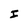
Character: I